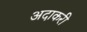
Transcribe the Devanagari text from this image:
अदाकरी